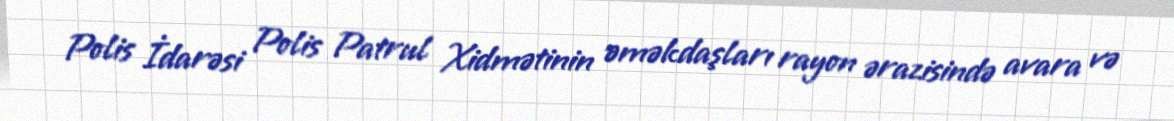
Polis İdarəsi Polis Patrul Xidmətinin əməkdaşları rayon ərazisində avara və